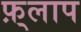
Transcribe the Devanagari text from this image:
फ़्लाप